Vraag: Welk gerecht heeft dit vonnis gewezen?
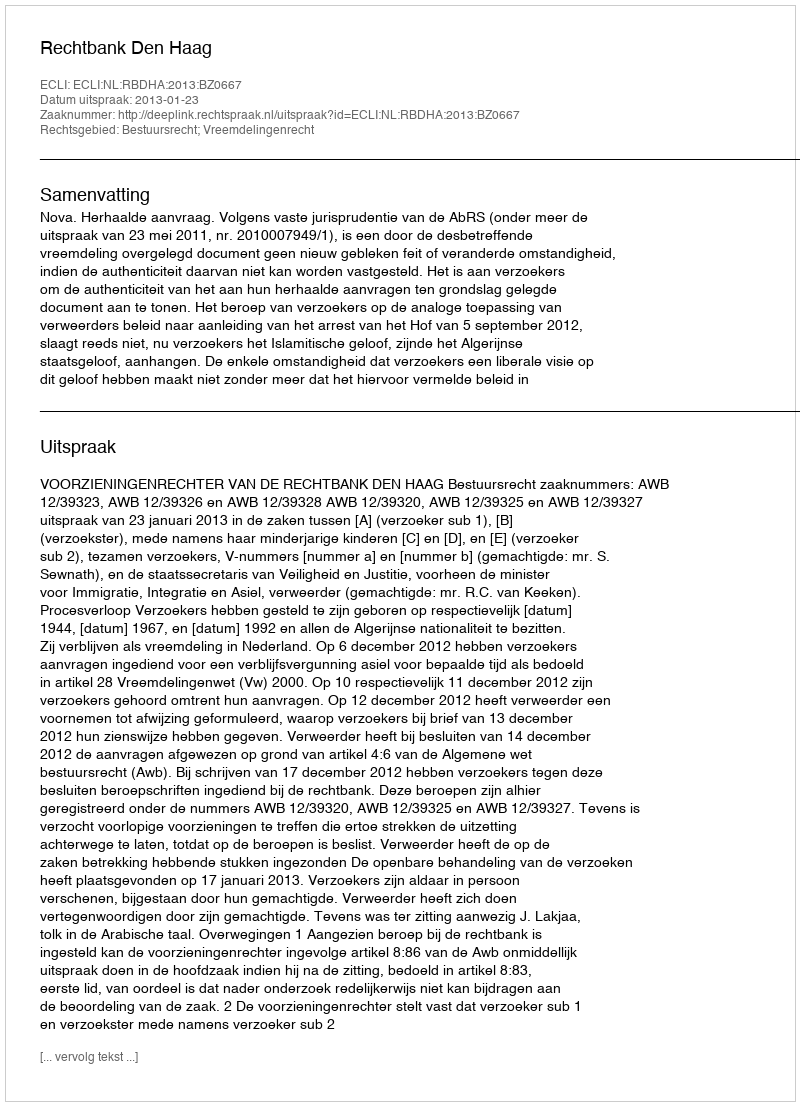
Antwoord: Rechtbank Den Haag